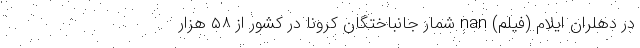
در دهلران ایلام (فیلم) nan شمار جانباختگان کرونا در کشور از ۵۸ هزار